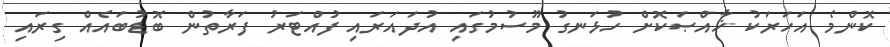
ކޮންމެ އަހަރަކު ޚާއްޞަކޮށް ހުޅަނގު މޫސުމުގައި އުދައަރައި ފުއްޓަރު ފަރާތުން ބޮޑުބައެއް ގިރައި